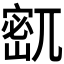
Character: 𫳹